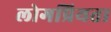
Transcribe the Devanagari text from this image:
लोगप्रियता